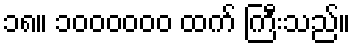
၁၈။ ၁၀၀၀၀၀၀ ထက် ကြီးသည်။